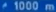
@1000m